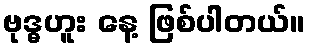
ဗုဒ္ဓဟူး နေ့ ဖြစ်ပါတယ်။